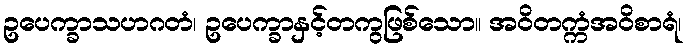
ဥပေက္ခာသဟဂတံ၊ ဥပေက္ခာနှင့်တကွဖြစ်သော။ အဝိတက္ကံအဝိစာရံ၊